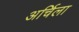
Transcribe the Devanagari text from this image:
अर्चिला